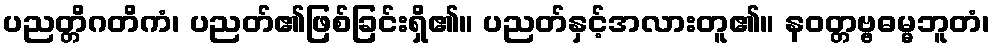
ပညတ္တိဂတိကံ၊ ပညတ်၏ဖြစ်ခြင်းရှိ၏။ ပညတ်နှင့်အလားတူ၏။ နဝတ္တဗ္ဗဓမ္မဘူတံ၊